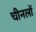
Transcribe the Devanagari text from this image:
चीनलों